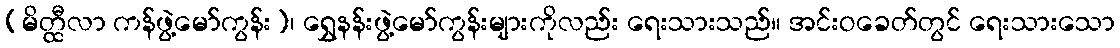
(မိတ္ထီလာ ကန်ဖွဲ့မော်ကွန်း)၊ ရွှေနန်းဖွဲ့မော်ကွန်းများကိုလည်း ရေးသားသည်။ အင်းဝခေတ်တွင် ရေးသားသော